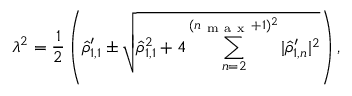
\lambda ^ { 2 } = \frac { 1 } { 2 } \left( \hat { \rho } _ { 1 , 1 } ^ { \prime } \pm \sqrt { \hat { \rho } _ { 1 , 1 } ^ { 2 } + 4 \sum _ { n = 2 } ^ { ( n _ { \mathrm { ~ m ~ a ~ x ~ } } + 1 ) ^ { 2 } } \vert \hat { \rho } _ { 1 , n } ^ { \prime } \vert ^ { 2 } } \right) ,